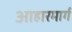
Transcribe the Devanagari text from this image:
आहारमार्ग